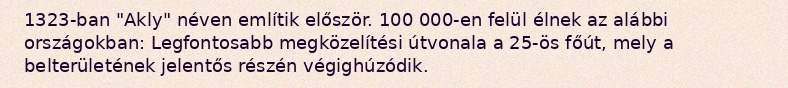
1323-ban "Akly" néven említik először. 100 000-en felül élnek az alábbi országokban: Legfontosabb megközelítési útvonala a 25-ös főút, mely a belterületének jelentős részén végighúzódik.